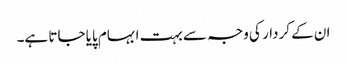
ان کے کردار کی وجہ سے بہت ابہام پایا جاتا ہے۔